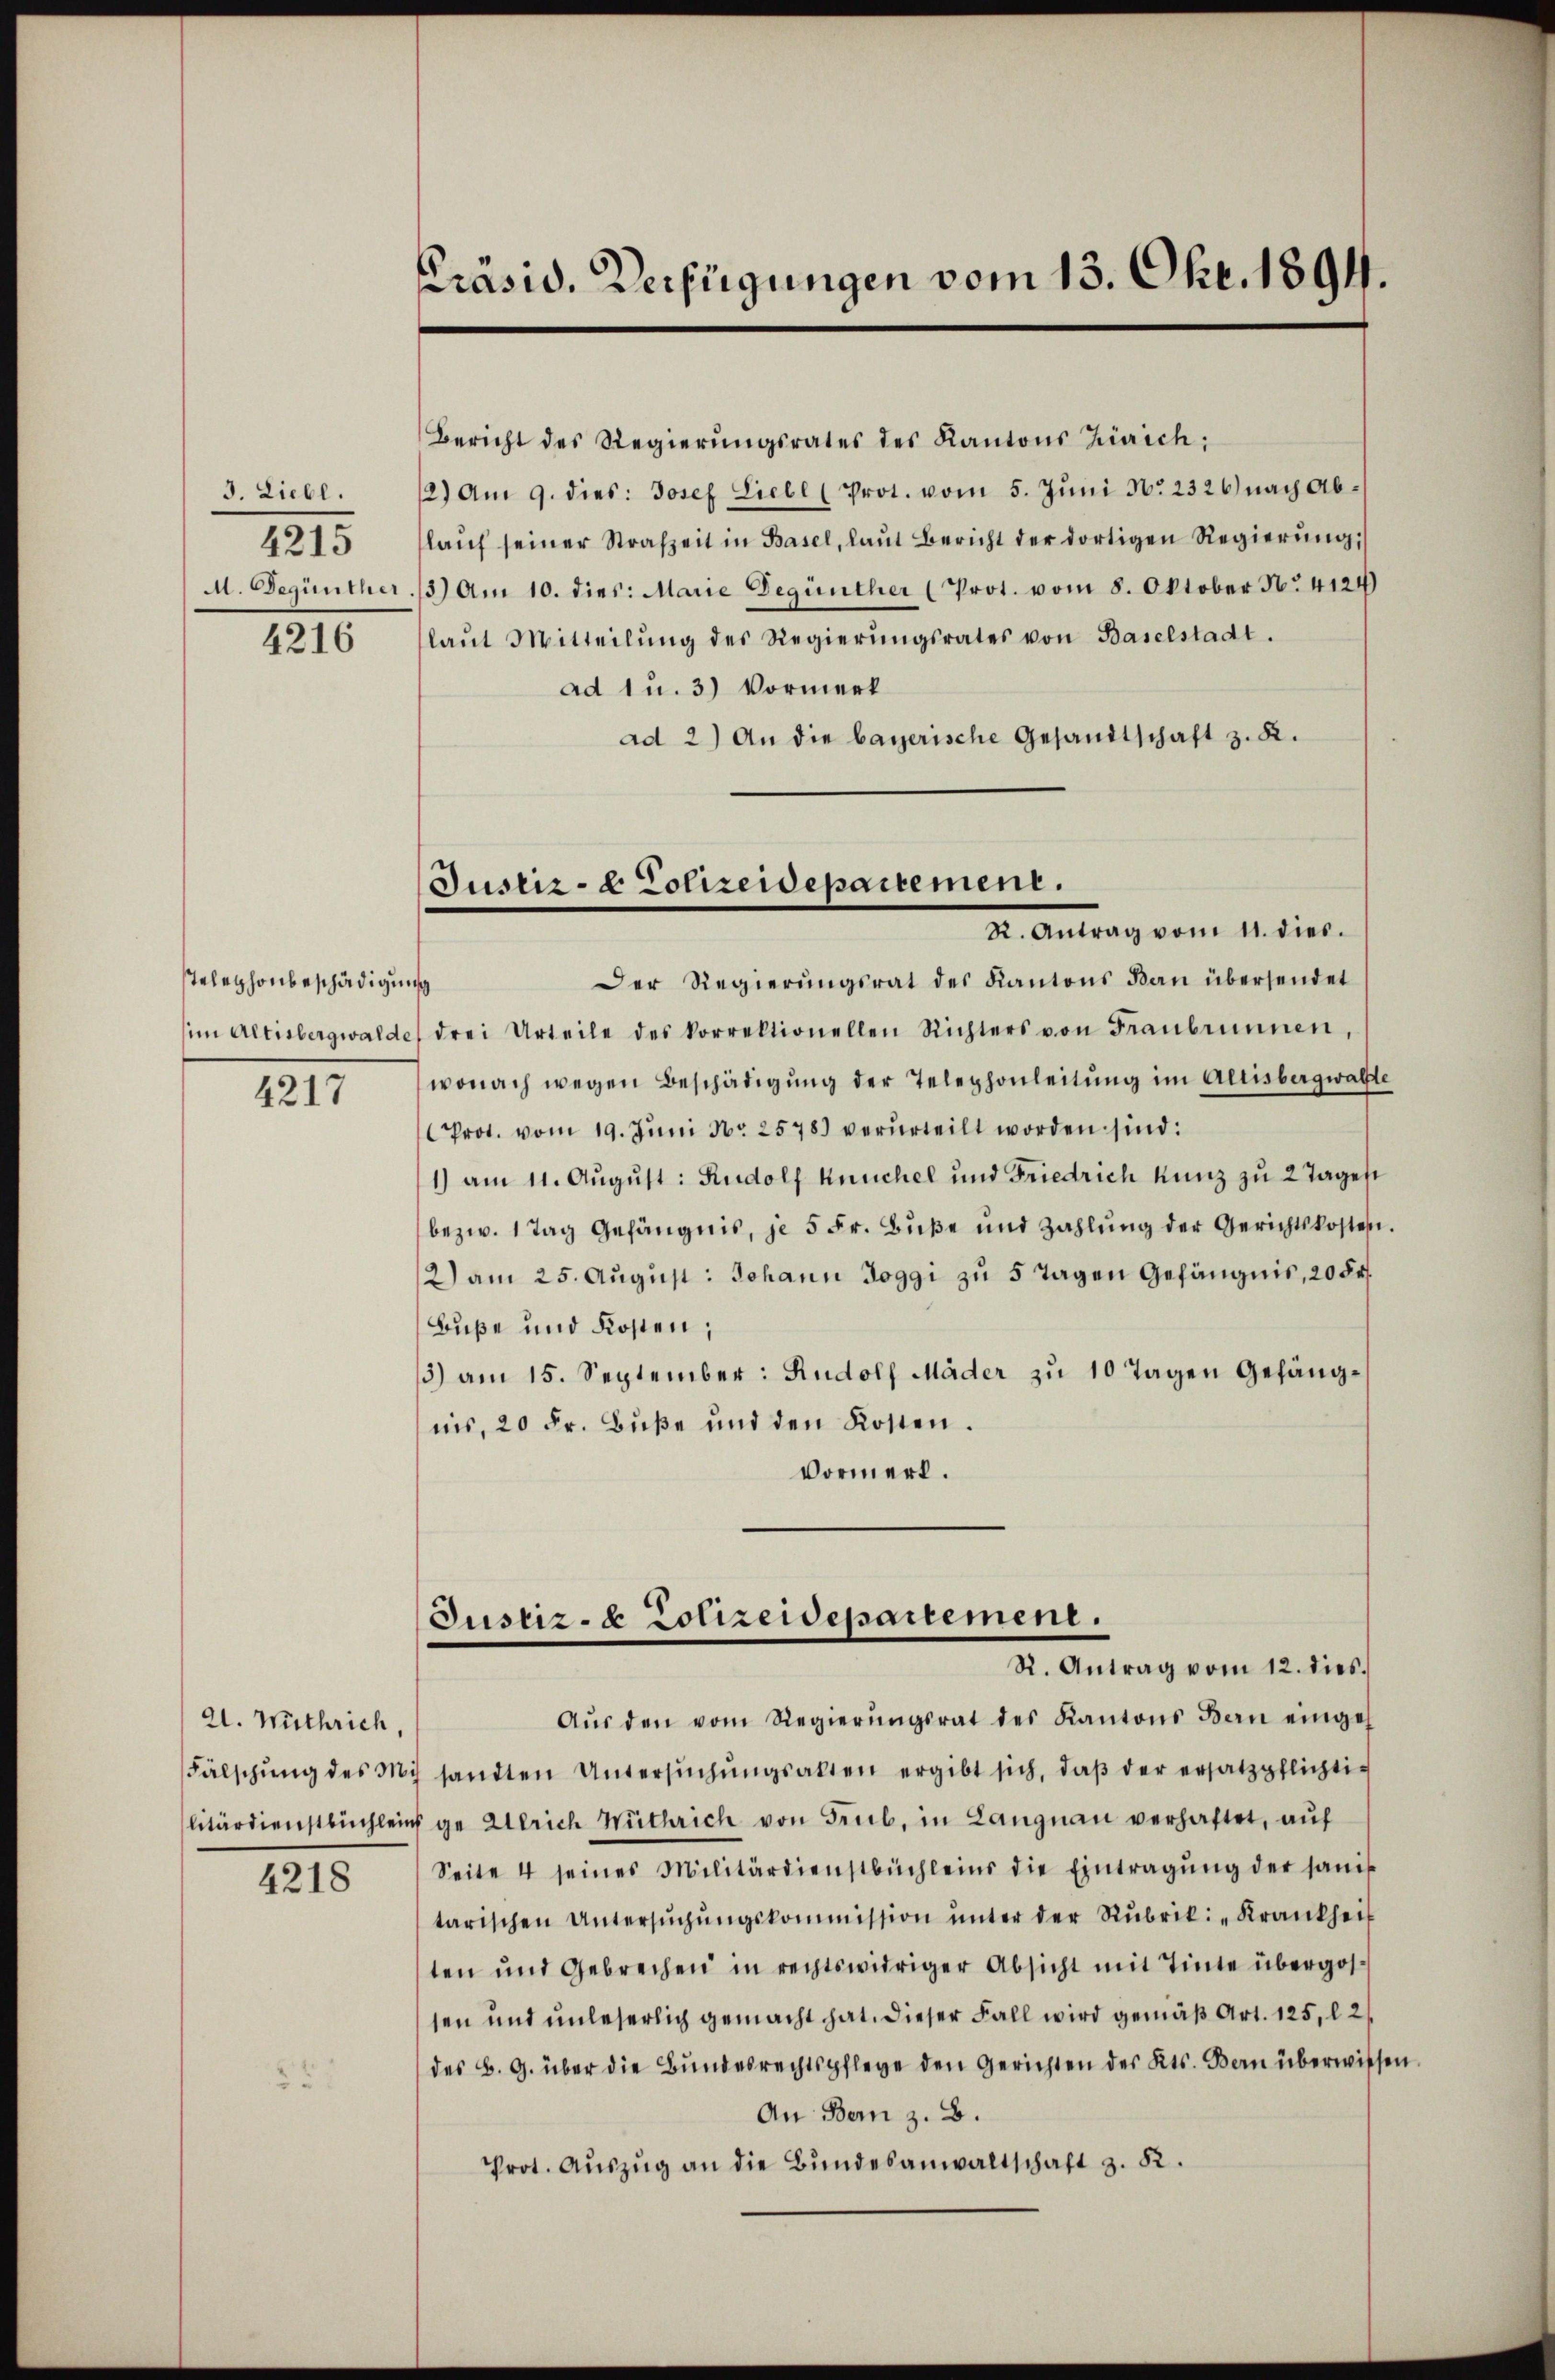
3. Liebl.
4215
A. Begünther

4216

Telephonbeschädigung

4217

al. Wuthrich,

4218

Präsid. Verfügungen vom 13. Okt. 1894.

Bericht des Regierŭngsrates des Kantons Zürich:
2) Am 9. dies: Josef Liebl (Prot. vom 5. Jŭni No 2326) nach Ablaŭf seiner Strafzeit in Basel, laut Bericht der dortigen Regierŭng,
3) Am 10. dies: Marie Begünther (Prot. vom 8. Oktober No. 4124)
laŭt Mitteilŭng des Regierŭngsrates von Baselstadt.
ad 1 u. 3) Vormerk
ad 2) An die bayerische Gesandtschaft z. K.
Der Regierŭngsrat des Kantons Bau übersendet
im Altisbergwalde drei Urteile des Vorrektionellen Richters von Franbrunnen,
wonach wegen Beschädigung der Telephonleitung im Allisbergwalte
Prot. vom 19. Jŭni No 2578 verurteilt worden sind:
1) am 11. August: Rudolf Keuchel und Friedrich Kunz zu 2 Tages
bezw. 1 Tag Gefängnis, je 5 Fr. Bŭβe und Zahlŭng der Gerichtskosten.
2) am 25. Aŭgŭst: Johann Joggi zu 5 Tagen Gefängnis, 20 Fr.
Buße und Kosten;
3) am 15. September: Rudolf Mäder zu 10 Tagen Gefängnis, 20 Fr. Bŭβe und den Kosten.
Vormerk.
Justiz- & Polizeidepartement.
R. Antrag vom 12. dies.
Aŭs den vom Regierŭngsrat des Kantons Bern einge-
Fälschŭng des Mich sandten Untersŭchŭngsakten ergibt sich, daβ der ersatzpflichti-
litärdienstbüchlein ge Gerich Wüthrich von Grub, in Langnau verhaftet, auf
Seite 4 seines Militärdienstbüchleins die Eintragŭng der sanit
tarischen Untersŭchŭngskommission ŭnter der Rubrik: „Krankheit
ten und Gebrechen in rechtswidriger Absicht mit Tinte übergossen und unleserlich gemacht hat. Dieser Fall wird gemäß Art. 125, l. 2
des B. G. über die Bŭndesrechtspflege den Gerichten des Kts. Bern überwissen.
An Bern z. B.
Prot. Aŭszŭg an die Bŭndesanwaltschaft z. B.

Justiz- & Polizeidepartement.
a. Antrag vom 1. dies